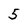
Character: 5